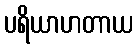
ပရိယာဟတာယ